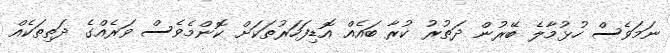
ނަމަވެސް ހުޅުމާލެ ބޭރުން ދަތުރު ކުރާ ބައެއް އޮޑިފަހަރުތަކަށް ކޮންމެވެސް ވަރެއްގެ ދަތިތަކެއް